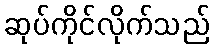
ဆုပ်ကိုင်လိုက်သည်